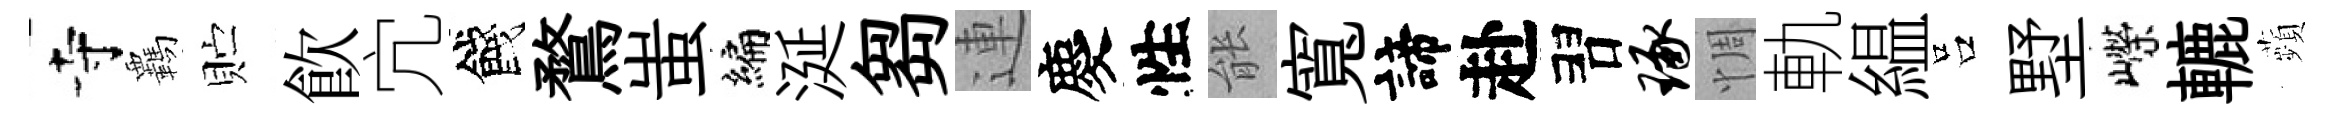
寺覊贮飲宂餞鶩蚩编涎芻連慶性䏻寬諦赴習琢惆軌緼吕墅嶸轆蘋